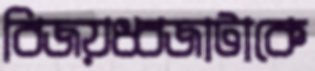
বিজয়ধ্বজাটাকে